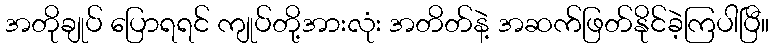
အတိုချုပ် ပြောရရင် ကျုပ်တို့အားလုံး အတိတ်နဲ့ အဆက်ဖြတ်နိုင်ခဲ့ကြပါပြီ။